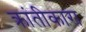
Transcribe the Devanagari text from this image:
क्रांतीकारा